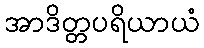
အာဒိတ္တပရိယာယံ